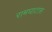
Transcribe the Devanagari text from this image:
रामघाटास